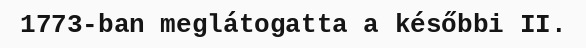
1773-ban meglátogatta a későbbi II.